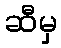
ဆီမှ